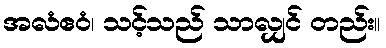
အလံဧဝံ၊ သင့်သည် သာလျှင် တည်း။